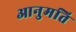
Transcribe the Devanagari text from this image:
आनुमति